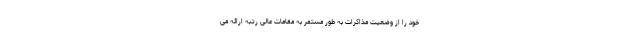
خود را از وضعیت مذاکرات به طور مستمر به مقامات عالی رتبه ارائه می